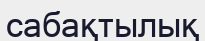
сабақтылық